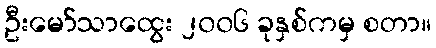
ဦးမော်သာထွေး ၂၀၀၆ ခုနှစ်ကမှ စတာ။